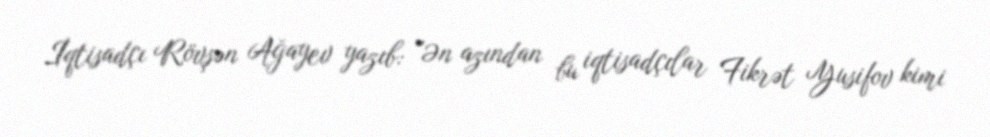
İqtisadçı Rövşən Ağayev yazıb: "Ən azından bu iqtisadçılar Fikrət Yusifov kimi